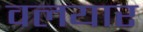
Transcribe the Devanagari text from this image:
वलयार